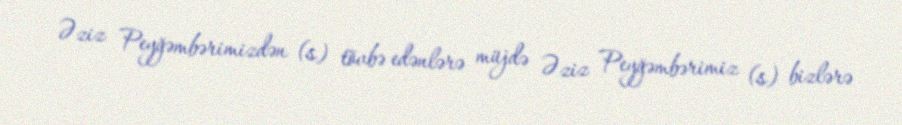
Əziz Peyğəmbərimizdən (s) tövbə edənlərə müjdə Əziz Peyğəmbərimiz (s) bizlərə